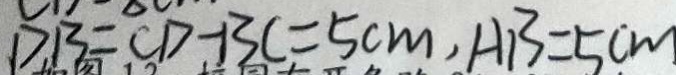
D B = C D - B C = 5 c m , A B = 5 c m